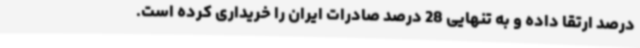
درصد ارتقا داده و به تنهایی 28 درصد صادرات ایران را خریداری کرده است.